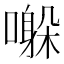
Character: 𫬀